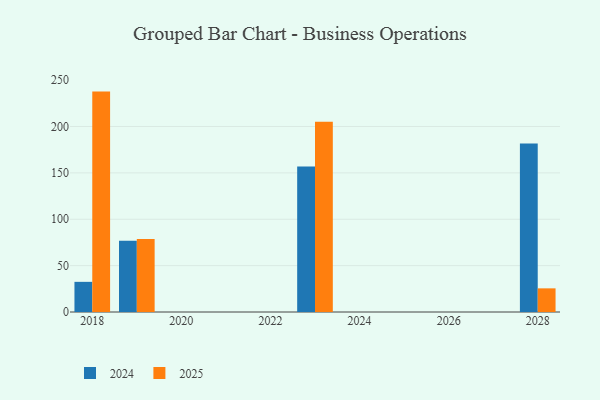
{"axis": {"x": "Year", "y": "Shipments"}, "legend": ["2024", "2025"], "data": [{"x": "2023", "y": 205.2, "type": "2025"}, {"x": "2023", "y": 156.9, "type": "2024"}, {"x": "2028", "y": 25.5, "type": "2025"}, {"x": "2028", "y": 181.7, "type": "2024"}, {"x": "2018", "y": 237.6, "type": "2025"}, {"x": "2018", "y": 32.5, "type": "2024"}, {"x": "2019", "y": 78.7, "type": "2025"}, {"x": "2019", "y": 76.9, "type": "2024"}]}